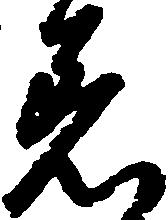
着